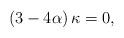
LaTeX: \begin{align*}\left( 3-4\alpha \right) \kappa=0, \end{align*}